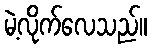
မဲ့လိုက်လေသည်။